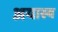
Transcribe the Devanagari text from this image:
अयास्य